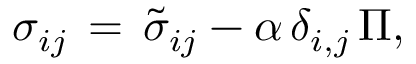
\sigma _ { i j } \, = \, \tilde { \sigma } _ { i j } - \alpha \, \delta _ { i , j } \, \Pi ,